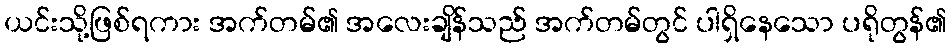
ယင်းသို့ဖြစ်ရကား အက်တမ်၏ အလေးချိန်သည် အက်တမ်တွင် ပါရှိနေသော ပရိုတွန်၏